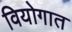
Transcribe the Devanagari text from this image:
वियोगात